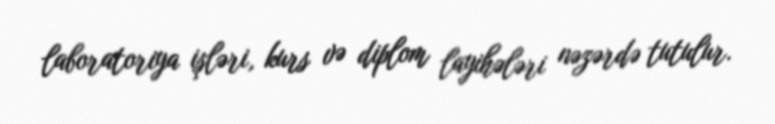
laboratoriya işləri, kurs və diplom layihələri nəzərdə tutulur.